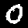
Digit: 0